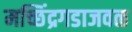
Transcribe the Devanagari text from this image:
मच्छिंद्रगडाजवळ